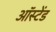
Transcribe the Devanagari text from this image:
ऑस्टेंड